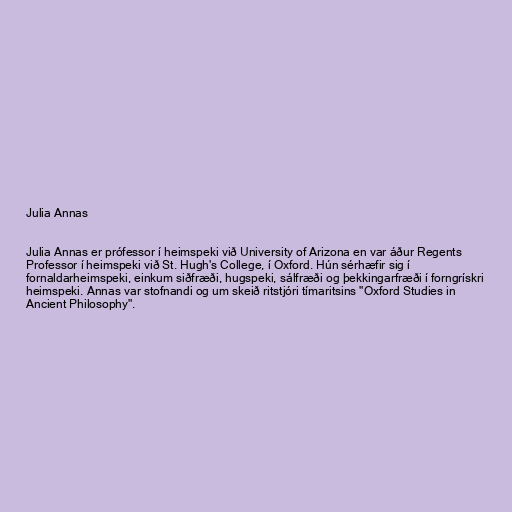
Julia Annas

Julia Annas er prófessor í heimspeki við University of Arizona en var áður Regents
Professor í heimspeki við St. Hugh's College, í Oxford. Hún sérhæfir sig í
fornaldarheimspeki, einkum siðfræði, hugspeki, sálfræði og þekkingarfræði í forngrískri
heimspeki. Annas var stofnandi og um skeið ritstjóri tímaritsins "Oxford Studies in
Ancient Philosophy".